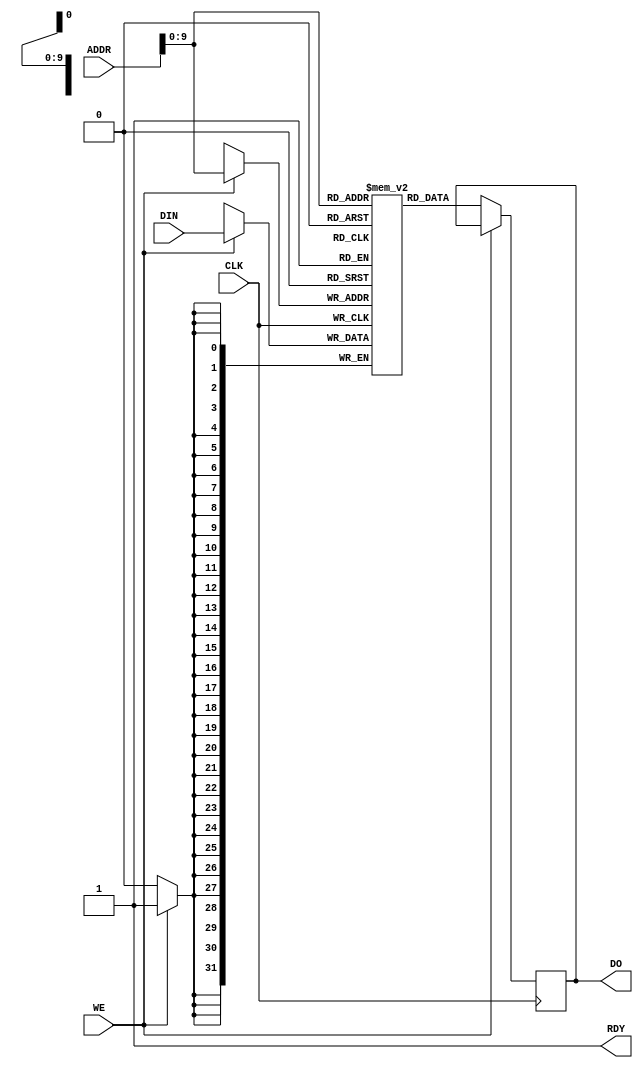
`timescale 1ns / 1ps

module ExternalMemory(ADDR,DIN,CLK,WE,DO,RDY);

	input [31:0] ADDR,DIN;
	input WE, CLK;
	output reg [31:0] DO;
	output RDY;
	integer i;
	reg [31:0] memory [1023:0];
	
	always @(posedge CLK)
	begin
		if (WE) begin
			memory[ADDR] <= DIN;
		end else begin
			DO <= memory[ADDR];
		end
	end
	
	// This is just a dummy BRAM so no delay ever.
	assign RDY = 1'b1;
	
	
	initial
	begin 
		for (i=0;i<1024;i=i+1) begin
			memory[i] = i * 2;
		end
	end

endmodule